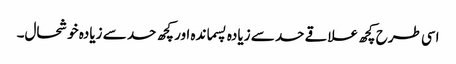
اسی طرح کچھ علاقے حد سے زیادہ پسماندہ اور کچھ حد سے زیادہ خوشحال۔